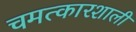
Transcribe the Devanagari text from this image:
चमत्कारशाली